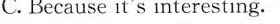
C. Because it's interesting.